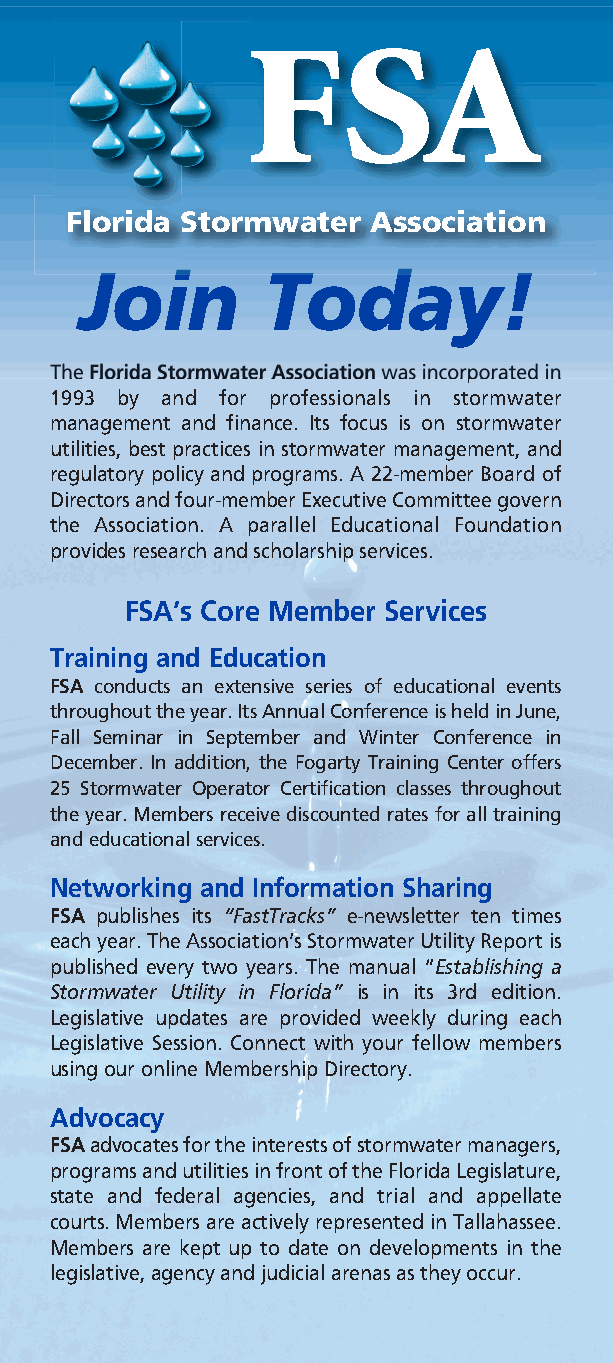
FSA 1015 - Membership Brochure 2018 v3.qxp_FSA 1015 - Membership Brochure 2018-
 FSA
 Florida Stormwater  Association
 Join        Today!
 The Florida Stormwater Associationwas incorporated in
 1993 by and for professionals in stormwater
 management and finance. Its focus is on stormwater
 utilities, best practices in stormwater management, and
 regulatory policy and programs. A 22-member Board of
 Directors and four-member Executive Committee govern
 the Association. A parallel Educational Foundation
 provides research and scholarship services.
 FSA’s Core Member Services
 Training and Education
 FSA conducts an extensive series of educational events
 throughout the year. Its Annual Conference is held in June,
 Fall Seminar in September and Winter Conference in
 December. In addition, the Fogarty Training Center offers
 25 Stormwater Operator Certification classes throughout
 the year. Members receive discounted rates for all training
 and educational services.
 Networking and Information Sharing
 FSA publishes its “FastTracks” e-newsletter ten times
 each year. The Association’s Stormwater Utility Report is
 published every two years. The manual “Establishing a
 Stormwater Utility in Florida” is in its 3rd edition.
 Legislative updates are provided weekly during each
 Legislative Session. Connect with your fellow members
 using our online Membership Directory.
 Advocacy
 FSAadvocates for the interests of stormwater managers,
 programs and utilities in front of the Florida Legislature,
 state and federal agencies, and trial and appellate
 courts. Members are actively represented in Tallahassee.
 Members are kept up to date on developments in the
 legislative, agency and judicial arenas as they occur.